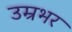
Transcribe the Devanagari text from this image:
उम्रभर